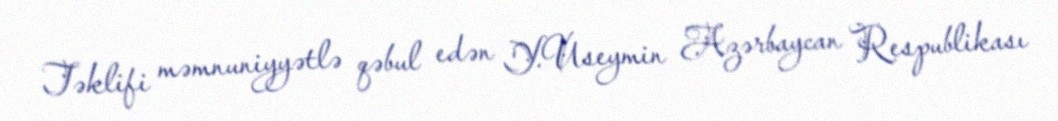
Təklifi məmnuniyyətlə qəbul edən Y.Useymin Azərbaycan Respublikası